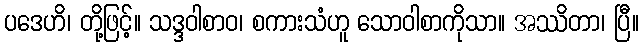
ပဒေဟိ၊ တို့ဖြင့်။ သဒ္ဒဝါစာဝ၊ စကားသံဟူ သောဝါစာကိုသာ။ အဿိတာ၊ ပြီ။